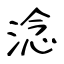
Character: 淰